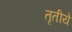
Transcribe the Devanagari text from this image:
तृतीये